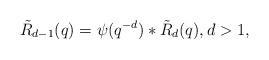
LaTeX: \begin{align*}\tilde R_{d-1}(q)=\psi(q^{-d})*\tilde R_d(q), d> 1,\end{align*}